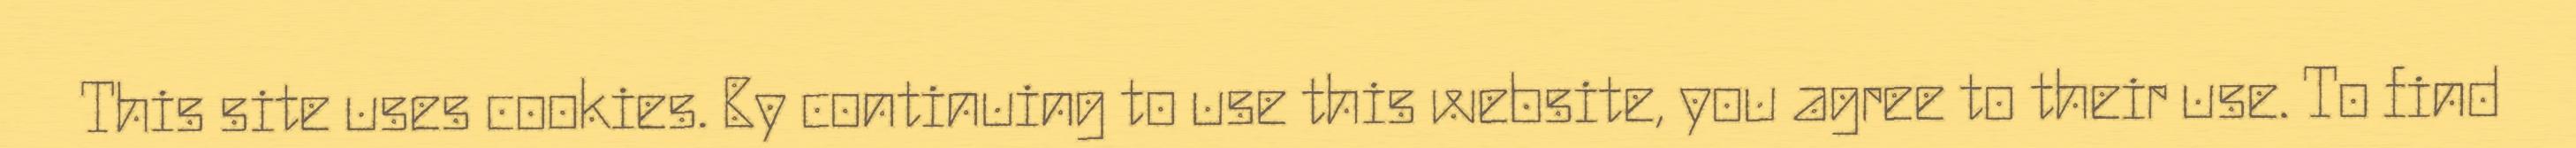
This site uses cookies. By continuing to use this website, you agree to their use. To find